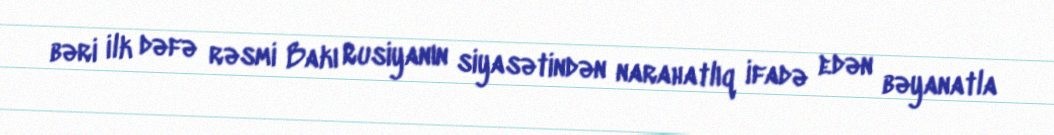
bəri ilk dəfə rəsmi Bakı Rusiyanın siyasətindən narahatlıq ifadə edən bəyanatla